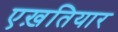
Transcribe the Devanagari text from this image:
एख़तियार